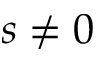
s \neq 0